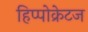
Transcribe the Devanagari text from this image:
हिप्पोक्रेटज